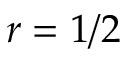
r = 1 / 2